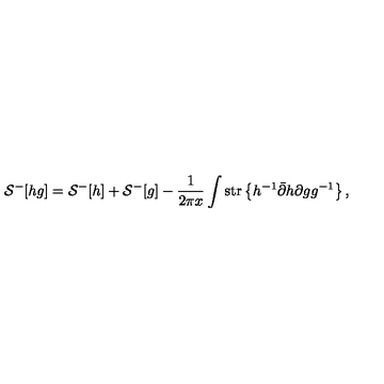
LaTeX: { \cal S } ^ { - } [ h g ] = { \cal S } ^ { - } [ h ] + { \cal S } ^ { - } [ g ] - \frac { 1 } { 2 \pi x } \int \mathrm { s t r } \left\{ h ^ { - 1 } \bar { \partial } h \partial g g ^ { - 1 } \right\} ,